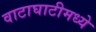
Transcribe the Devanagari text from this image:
वाटाघाटीमध्ये